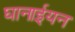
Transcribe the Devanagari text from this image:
घानाईयन